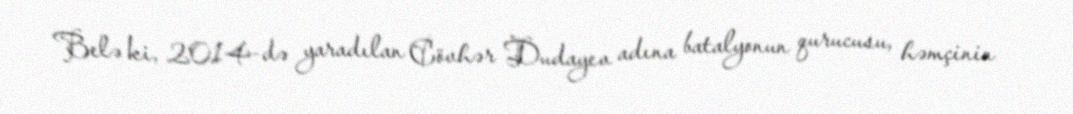
Belə ki, 2014-də yaradılan Cövhər Dudayev adına batalyonun qurucusu, həmçinin